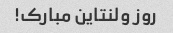
روز ولنتاین مبارک!